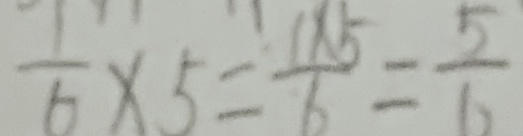
\frac { 1 } { 6 } \times 5 = \frac { 1 \times 5 } { 6 } = \frac { 5 } { 6 }